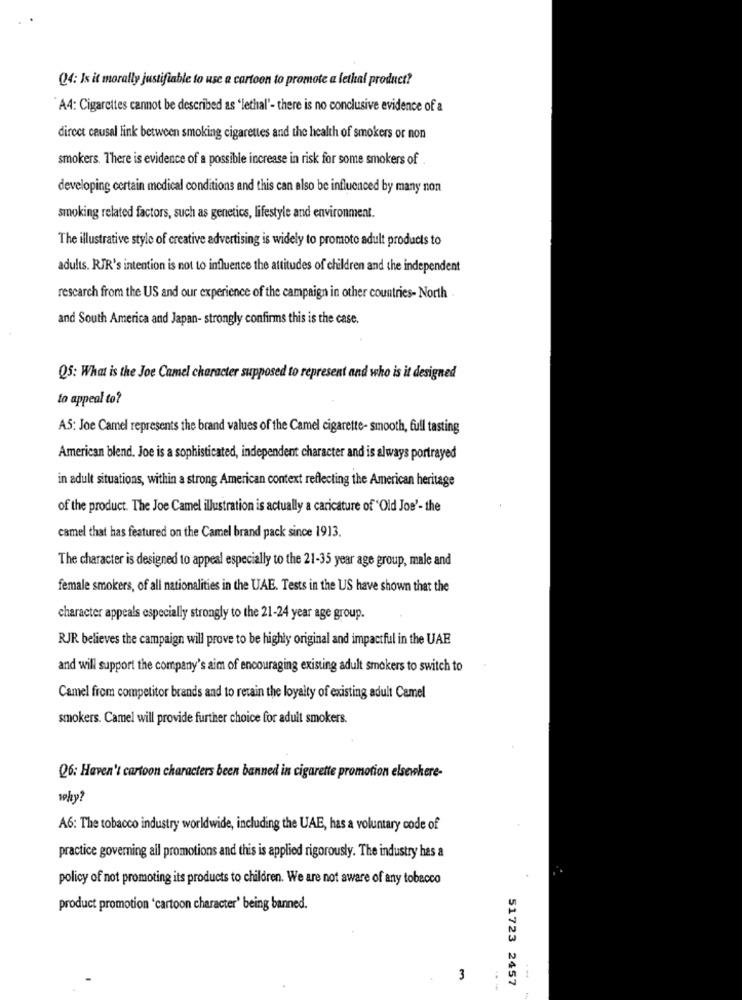
Q24: Is it morally justifiable to use a cartoon to promote a lethal product?
A4: Cigarettes cannot be described as 'lethal'- there is no conclusive evidence of a
direct causal link between smoking cigarettes and the health of smokers or non
smokers. There is evidence of a possible increase in risk for some smokers of
developing certain medical conditions and this can also be influenced by many non
smoking related factors, such as genetics, lifestyle and environment.
The illustrative style of creative advertising is widely to promote adult products to
adults. RJR's intention is not to influence the attitudes of children and the independent
rescarch from the US and our experience of the campaign in other countries- North .
and South America and Japan- strongly confirms this is the case.
Q5: What is the Joe Camel character supposed to represent and who is it designed
to appeal to?
AS: Joe Camel represents the brand values of the Camel cigarette- smooth, full tasting
American blend. Joe is a sophisticated, independent character and is always portrayed
in adult situations, within a strong American context reflecting the American heritage
of the product. The Joe Camel illustration is actually a caricature of 'Old Jos'- the
camel that has featured on the Camel brand pack since 1913.
The character is designed to appeal especially to the 21-35 year age group, male and
female smokers, of all nationalities in the UAE. Tests in the US have shown that the
character appeals especially strongly to the 21-24 year age group.
RJR believes the campaign will prove to be highly original and impactful in the UAE
and will support the company's aim of encouraging existing adult smokers to switch to
Camel from competitor brands and to retain the loyalty of existing adult Camel
smokers. Camel will provide further choice for adult smokers.
Q6: Haven't cartoon characters been banned in cigarette promotion elsewhere-
why?
A6: The tobacco industry worldwide, including the UAE, has a voluntary code of
practice governing all promotions and this is applied rigorously. The industry has a
policy of not promoting its products to children. We are not aware of any tobecco
product promotion 'cartoon character' being banned.
3
51723 2457